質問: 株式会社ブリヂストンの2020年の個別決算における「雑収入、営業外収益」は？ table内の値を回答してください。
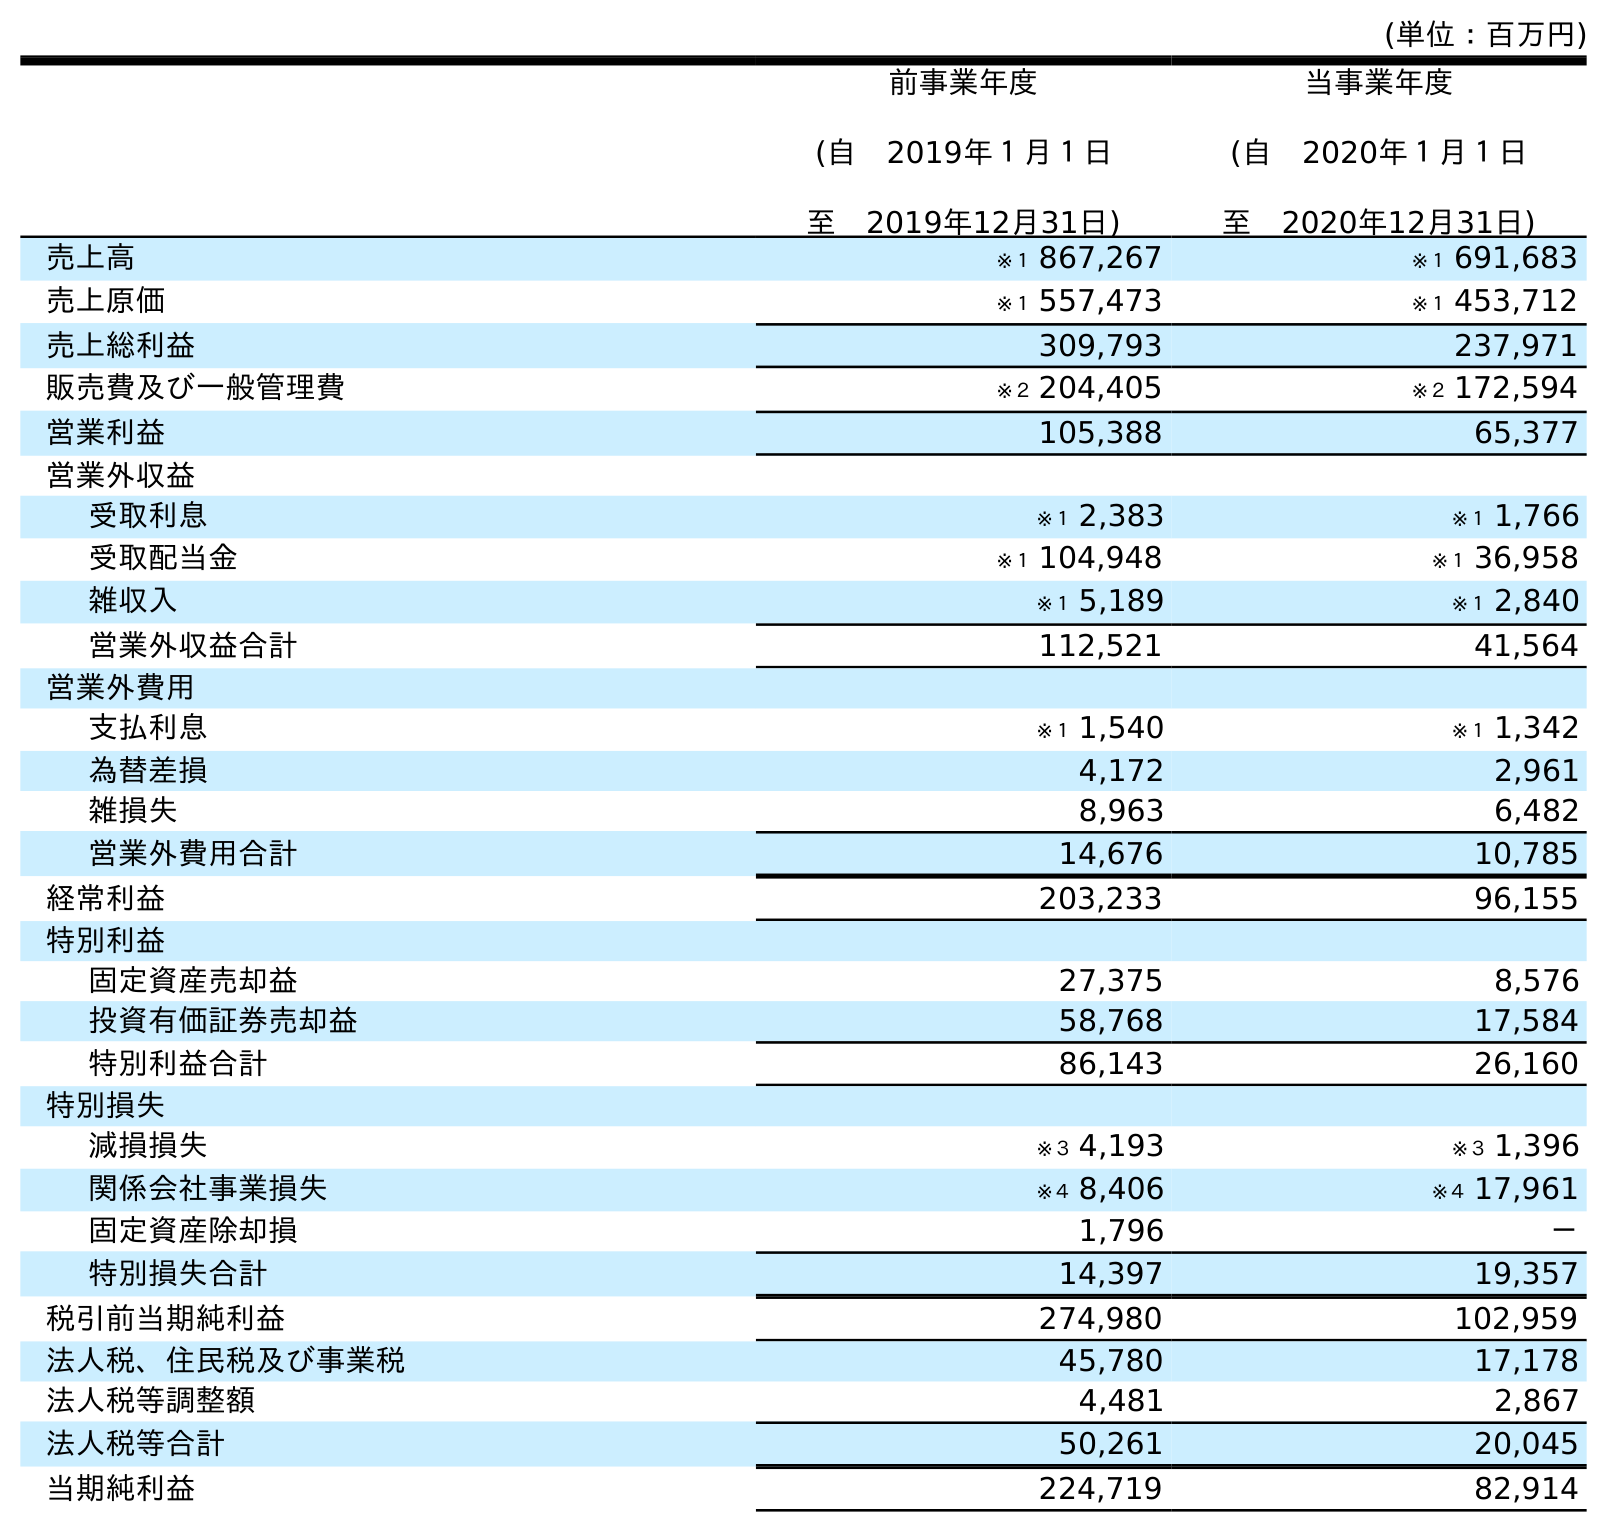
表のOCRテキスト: (単位：百万円) 前事業年度 (自 2019年１月１日 至 2019年12月31日) 当事業年度 (自 2020年１月１日 至 2020年12月31日) 売上高 ※１ 867,267 ※１ 691,683 売上原価 ※１ 557,473 ※１ 453,712 売上総利益 309,793 237,971 販売費及び一般管理費 ※２ 204,405 ※２ 172,594 営業利益 105,388 65,377 営業外収益 受取利息 ※１ 2,383 ※１ 1,766 受取配当金 ※１ 104,948 ※１ 36,958 雑収入 ※１ 5,189 ※１ 2,840 営業外収益合計 112,521 41,564 営業外費用 支払利息 ※１ 1,540 ※１ 1,342 為替差損 4,172 2,961 雑損失 8,963 6,482 営業外費用合計 14,676 10,785 経常利益 203,233 96,155 特別利益 固定資産売却益 27,375 8,576 投資有価証券売却益 58,768 17,584 特別利益合計 86,143 26,160 特別損失 減損損失 ※３ 4,193 ※３ 1,396 関係会社事業損失 ※４ 8,406 ※４ 17,961 固定資産除却損 1,796 － 特別損失合計 14,397 19,357 税引前当期純利益 274,980 102,959 法人税、住民税及び事業税 45,780 17,178 法人税等調整額 4,481 2,867 法人税等合計 50,261 20,045 当期純利益 224,719 82,914
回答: ※１2,840